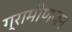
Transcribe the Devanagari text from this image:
ग्रामीणजन